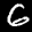
Label: 6